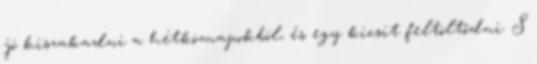
jó kiszakadni a hétköznapokból, és egy kicsit feltöltődni. S